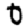
Digit: 0